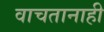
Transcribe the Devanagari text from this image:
वाचतानाही